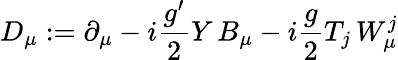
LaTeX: D_{\mu}:=\partial_{\mu}-i{\frac{g^{\prime}}{2}}Y\, B_{\mu}-i{\frac{g}{2}}T_{j}\, W_{\mu}^{j}